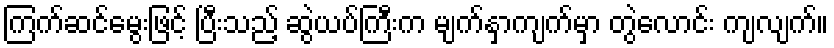
ကြက်ဆင်မွေးဖြင့် ပြီးသည့် ဆွဲယပ်ကြီးက မျက်နှာကျက်မှာ တွဲလောင်း ကျလျက်။